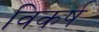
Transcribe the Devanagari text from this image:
विकर्ष